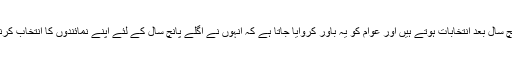
ہر پانچ سال بعد انتخابات ہوتے ہیں اور عوام کو یہ باور کروایا جاتا ہے کہ اُنہوں نے اگلے پانچ سال کے لئے اپنے نمائندوں کا انتخاب کرنا ہے۔